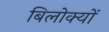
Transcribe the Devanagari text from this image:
बिलोक्यों